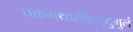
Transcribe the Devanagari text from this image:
चक्रमथारविन्दयुगुलं